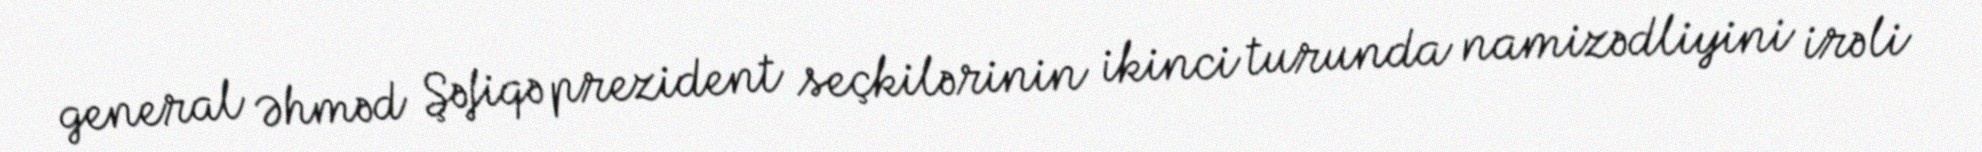
general Əhməd Şəfiqə prezident seçkilərinin ikinci turunda namizədliyini irəli